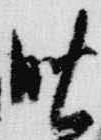
晩